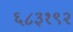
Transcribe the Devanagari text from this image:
६८३१९२